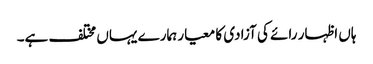
ہاں اظہار رائے کی آزادی کا معیار ہمارے یہاں مختلف ہے۔